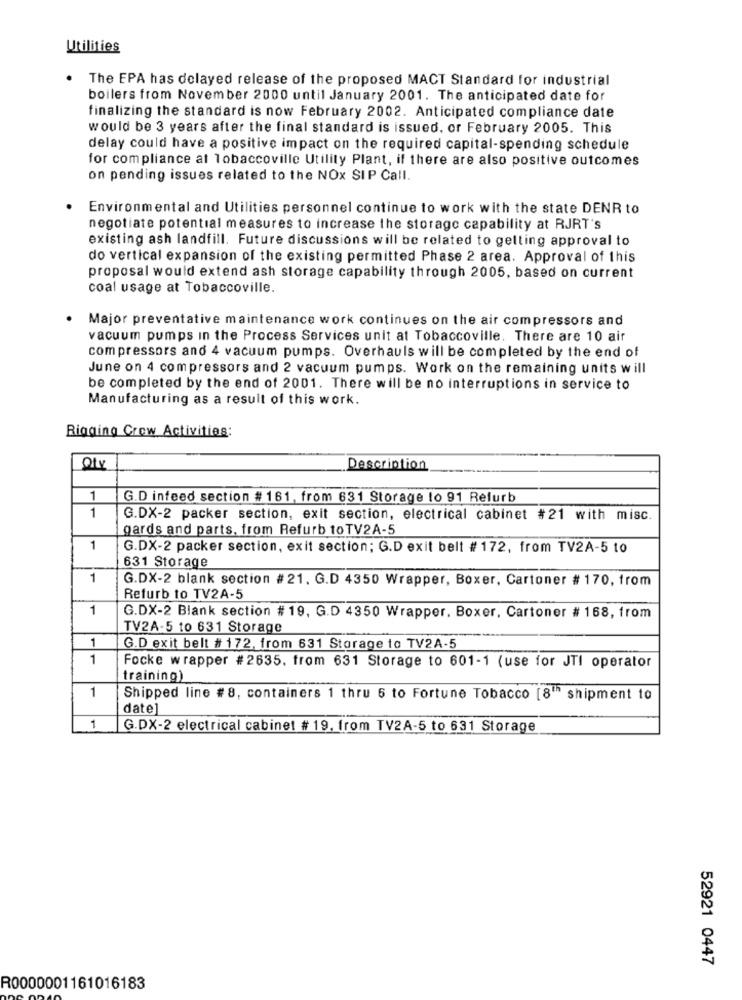
Utilities
.
The EPA has delayed release of the proposed MACT Standard for industrial
boilers from November 2000 until January 2001. The anticipated date for
finalizing the standard is now February 2002. Anticipated compliance date
would be 3 years after the final standard is issued, or February 2005. This
delay could have a positive impact on the required capital-spending schedule
for compliance at Tobaccoville Utility Plant, if there are also positive outcomes
on pending issues related to the NOx SIP Call.
Environmental and Utilities personnel continue to work with the state DENR to
negotiate potential measures to increase the storage capability at RJRT's
existing ash landfill. Future discussions will be related to getting approval to
do vertical expansion of the existing permitted Phase 2 area. Approval of this
proposal would extend ash storage capability through 2005, based on current
coal usage at Tobaccoville.
Major preventative maintenance work continues on the air compressors and
vacuum pumps in the Process Services unit at Tobaccoville. There are 10 air
compressors and 4 vacuum pumps. Overhauls will be completed by the end of
June on 4 compressors and 2 vacuum pumps. Work on the remaining units will
be completed by the end of 2001. There will be no interruptions in service to
Manufacturing as a result of this work.
Rigging Crew Activities:
Description
1
G.D infeed section # 161, from 631 Storage to 91 Refurb
1
G.DX-2 packer section, exit section, electrical cabinet #21 with misc.
gards and parts, from Refurb to TV2A-5
1
G.DX-2 packer section, exit section; G.D exit belt # 172, from TV2A-5 to
631 Storage
1
G.DX-2 blank section # 21. G.D 4350 Wrapper, Boxer, Cartoner # 170, from
Refurb to TV2A-5
1
G.DX-2 Blank section # 19, G.D 4350 Wrapper, Boxer, Cartoner # 168, from
TV2A-5 to 631 Storage
1
G.D exit belt # 172, from 631 Storage to TV2A-5
1
Focke wrapper # 2635. from 631 Storage to 601-1 (use for JTI operator
training)
1
Shipped line #8, containers 1 thru 6 to Fortune Tobacco [8th shipment to
date]
1
G.DX-2 electrical cabinet # 19, from TV2A-5 to 631 Storage
52921 0447
R0000001161016183